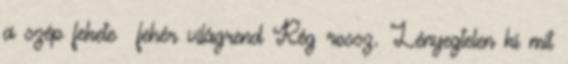
a szép fekete fehér világrend Rég rossz. Lényegtelen ki mit